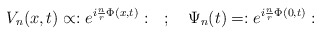
\begin{align*}V_{n}(x,t)\propto :e^{i\frac{n}{r}\Phi (x,t)}:\quad ;\quad \Psi _{n}(t)=:e^{i\frac{n}{r}\Phi (0,t)}:\end{align*}